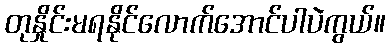
တုနှိုင်းမရနိုင်လောက်အောင်ပါပဲကွယ်။